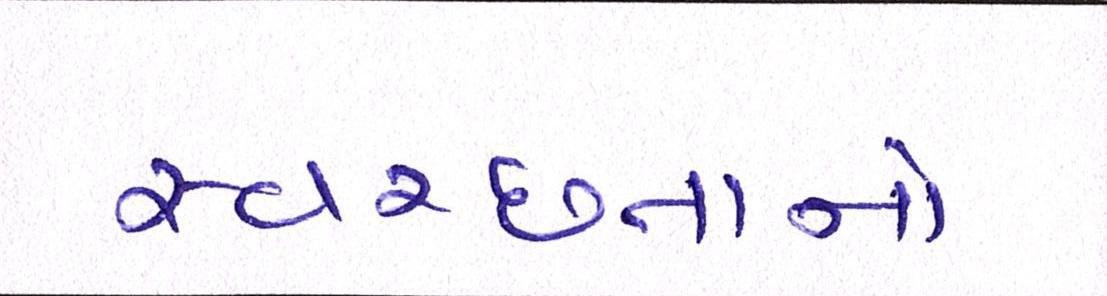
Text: સ્વચ્છતાનો